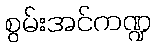
စွမ်းအင်ကဏ္ဍ